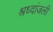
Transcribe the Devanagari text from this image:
श्रध्दांजली